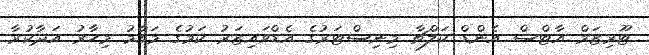
ޓޫރިޒަމް އާޓްސް އެންޑް ކަލްޗާ މިނިސްޓަރުގެ އެޑްވައިޒަރު ކަމުގެ މަގާމު މިހާރު އަދާކުރާ